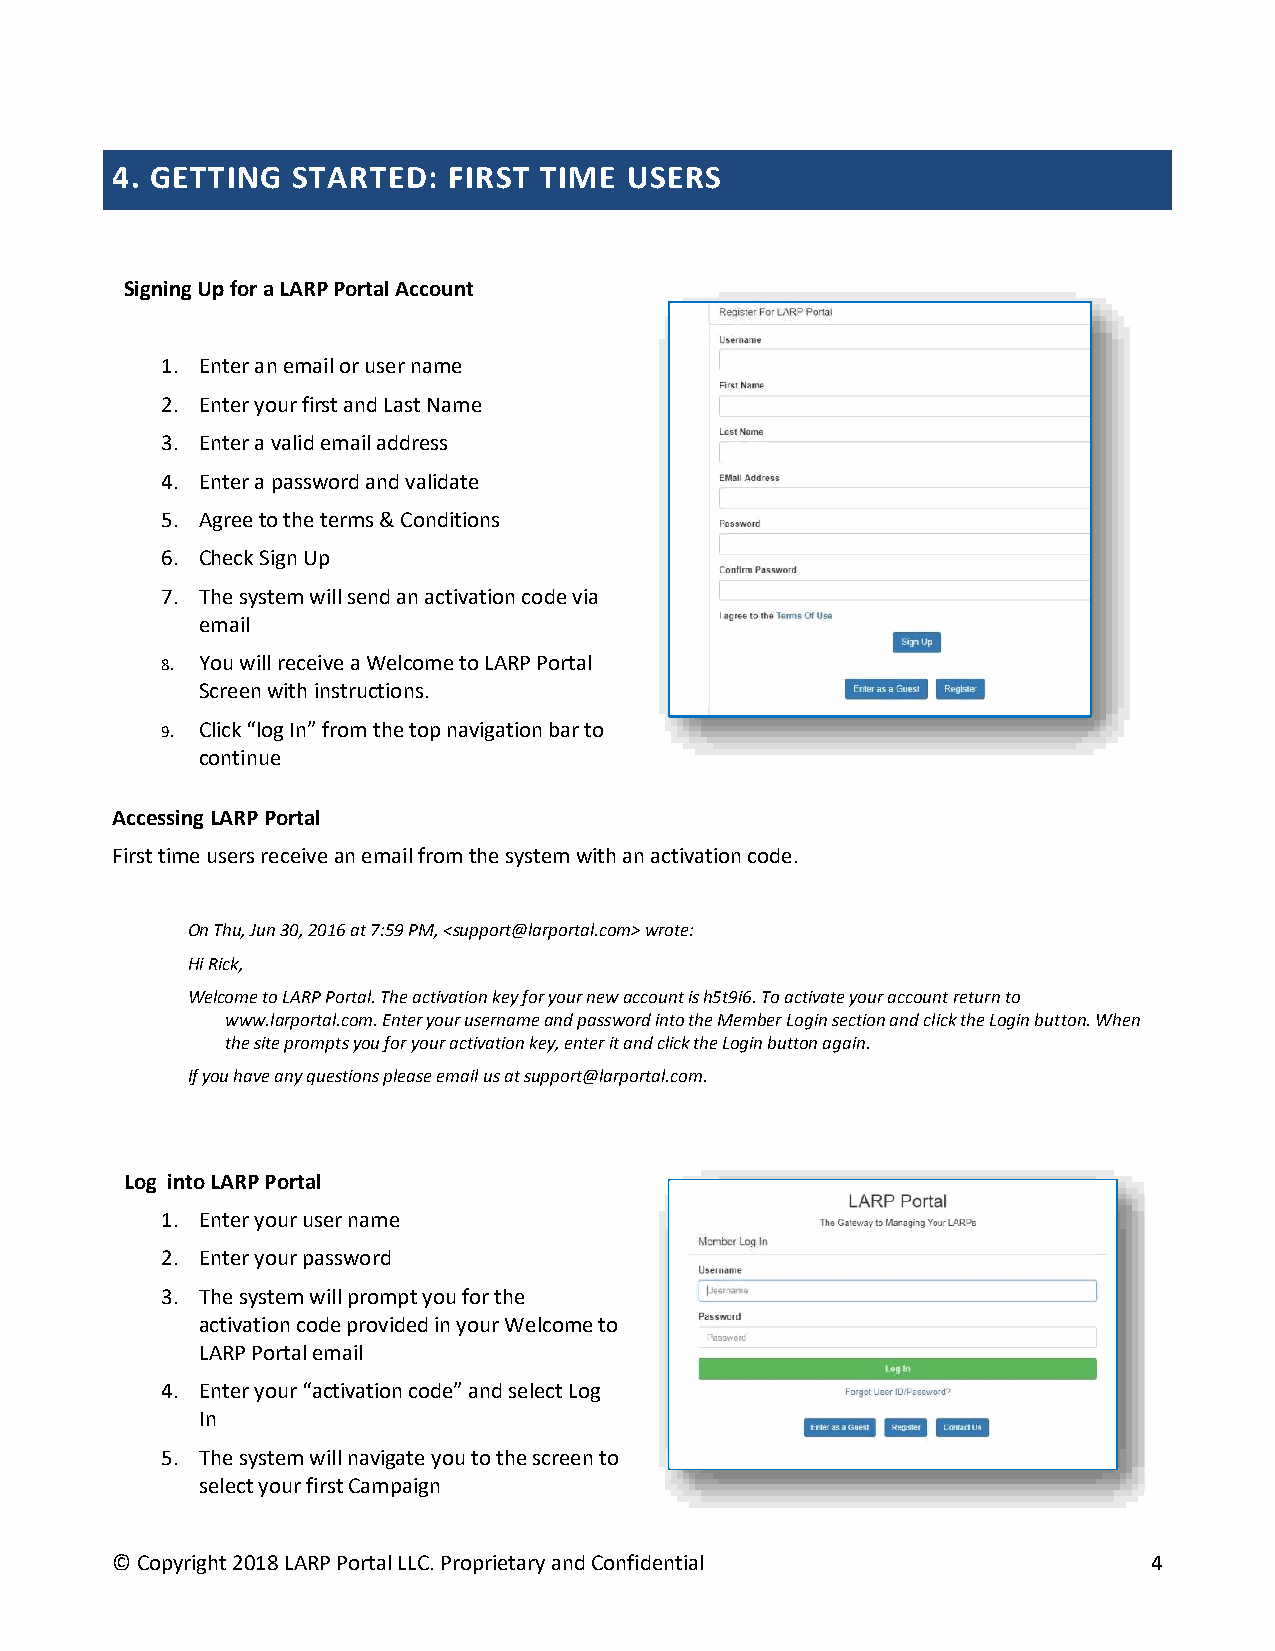
4. GETTING  STARTED:   FIRST TIME USERS
 Signing Up for a LARP Portal Account
 1. Enter an email or user name
 2. Enter your first and Last Name
 3. Enter a valid email address
 4. Enter a password and validate
 5. Agree to the terms & Conditions
 6. Check Sign Up
 7. The system will send an activation code via
 email
 8. You will receive a Welcome to LARP Portal
 Screen with instructions.
 9. Click “log In” from the top navigation bar to
 continue
 Accessing LARP Portal
 First time users receive an email from the system with an activation code.
 On Thu, Jun 30, 2016 at 7:59 PM, <support@larportal.com> wrote:
 Hi Rick,
 Welcome to LARP Portal. The activation key for your new account is h5t9i6. To activate your account return to
 www.larportal.com. Enter your username and password into the Member Login section and click the Login button. When
 the site prompts you for your activation key, enter it and click the Login button again.
 If you have any questions please email us at support@larportal.com.
 Log into LARP Portal
 1. Enter your user name
 2. Enter your password
 3. The system will prompt you for the
 activation code provided in your Welcome to
 LARP Portal email
 4. Enter your “activation code” and select Log
 In
 5. The system will navigate you to the screen to
 select your first Campaign
 © Copyright 2018 LARP Portal LLC. Proprietary and Confidential       4